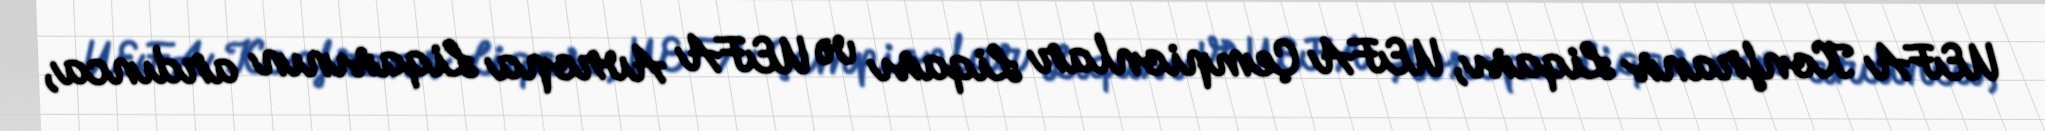
UEFA Konfrans Liqası, UEFA Çempionlar Liqası və UEFA Avropa Liqasının ardınca,